65_HS1-834228961_62-HQ-83894_Section_10
Agency: FBI
Page 112
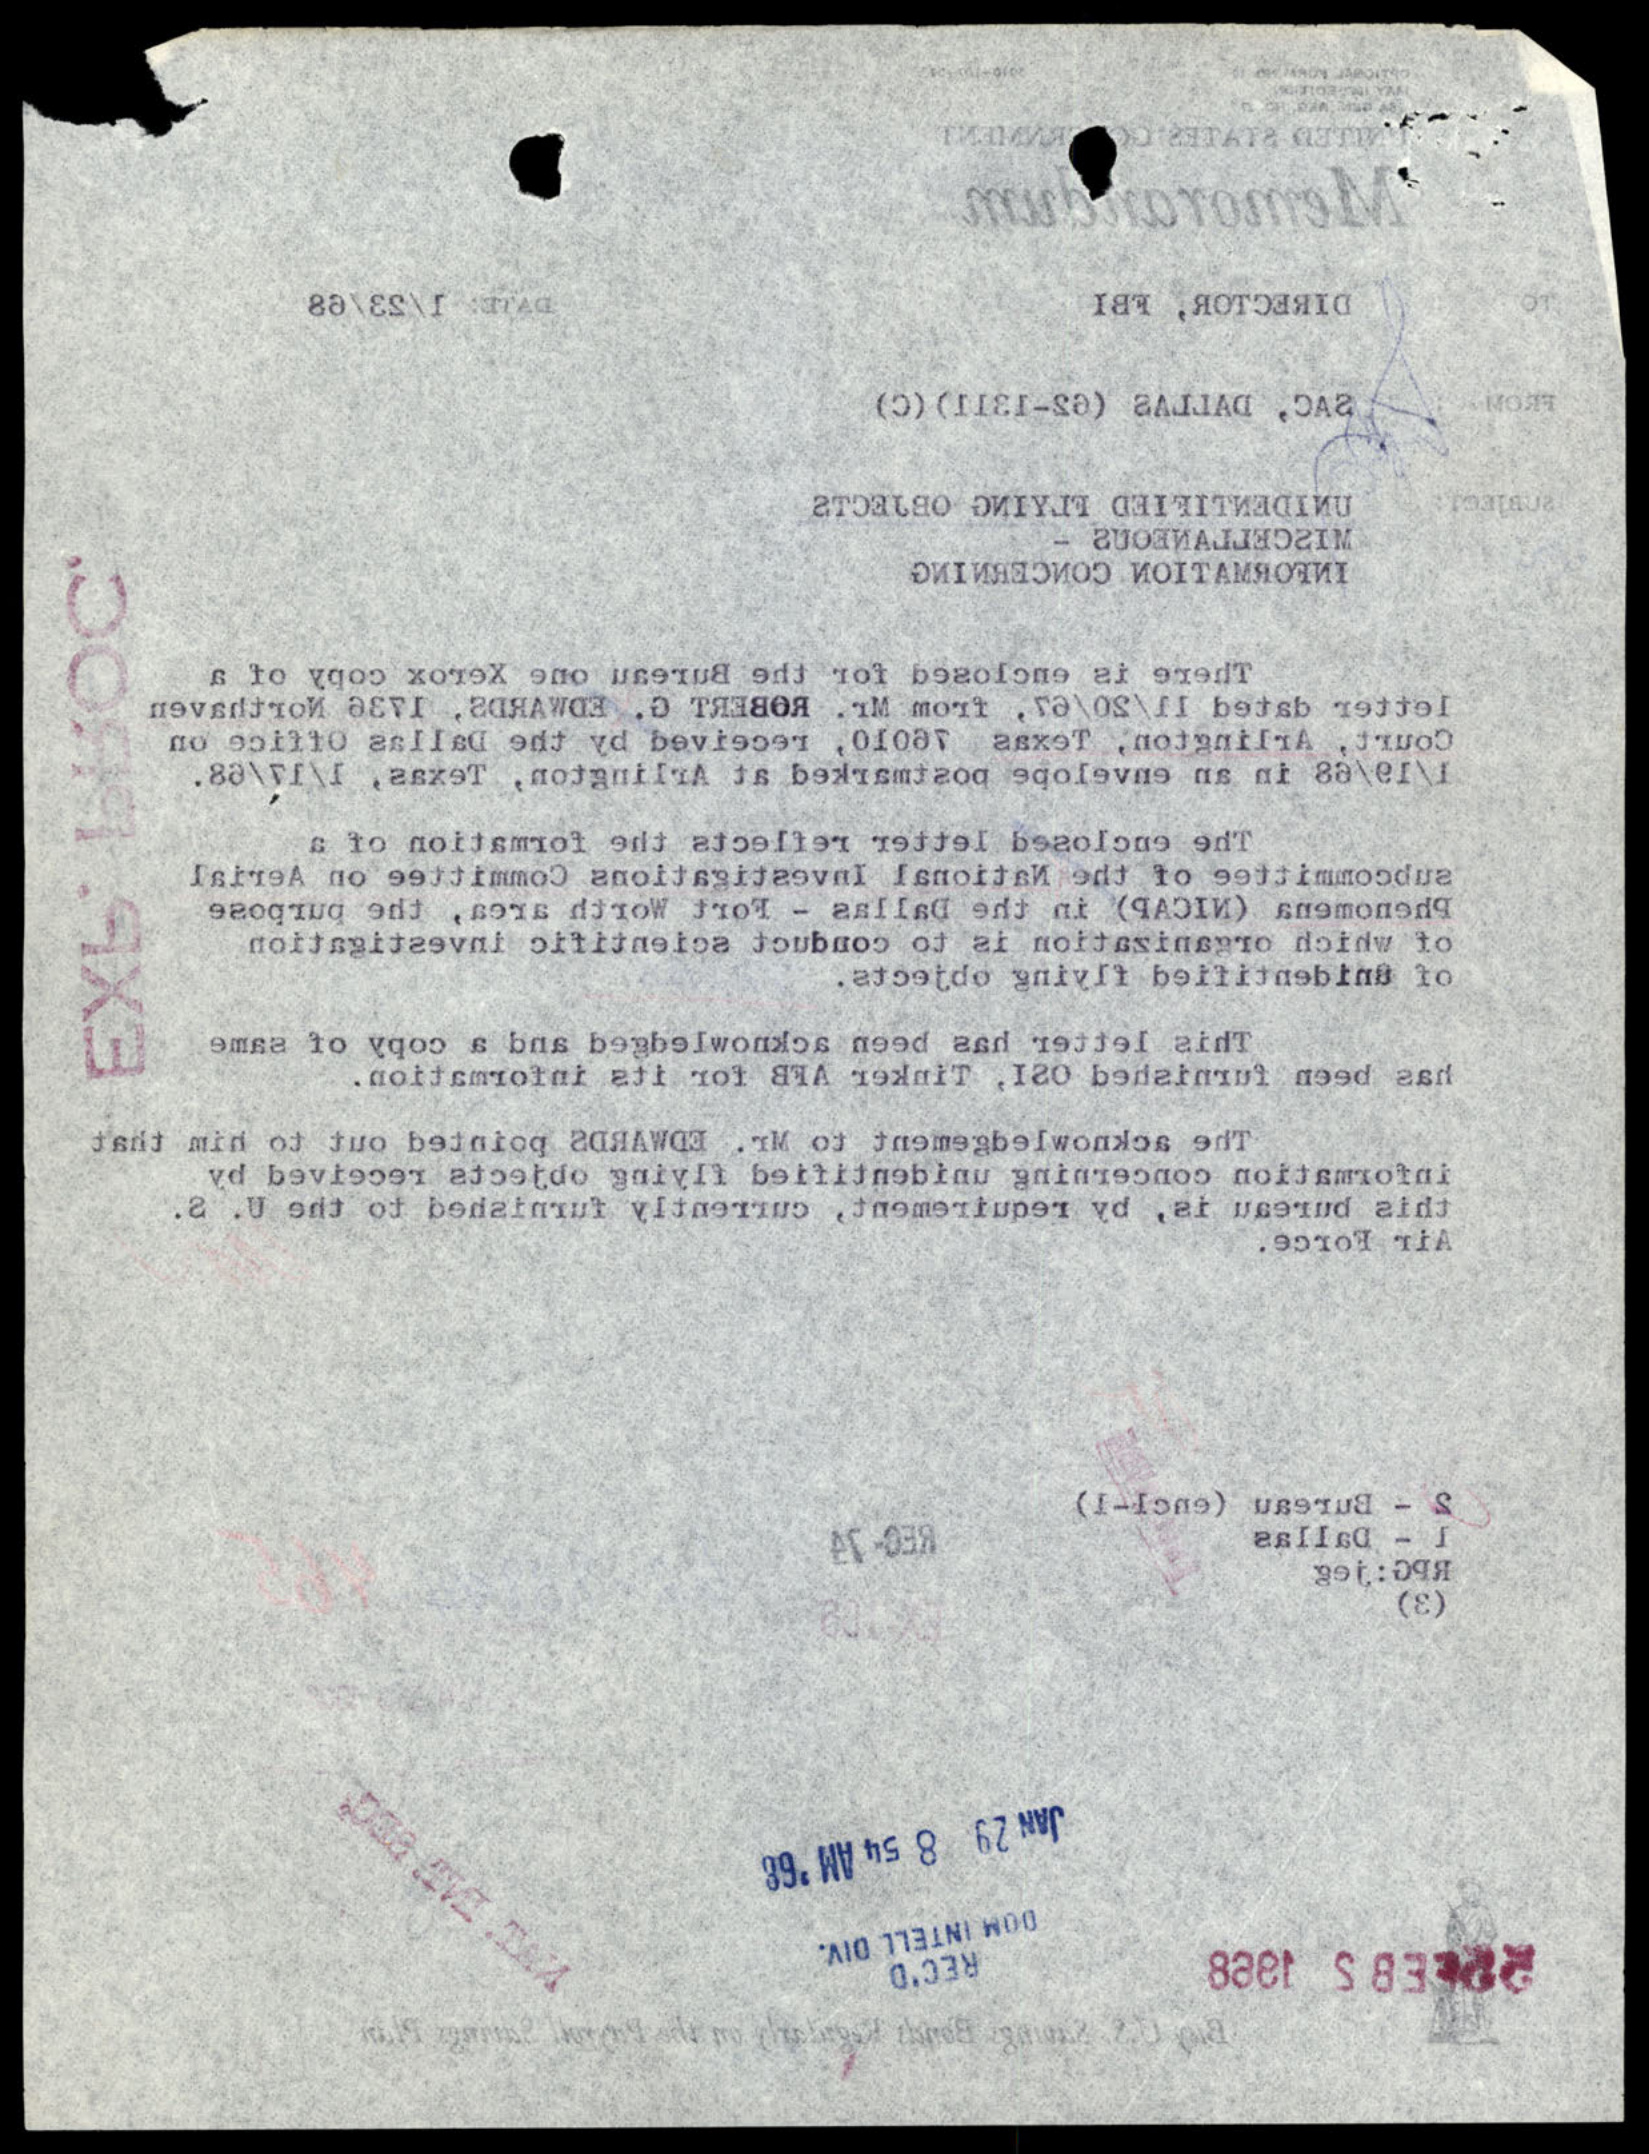